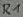
Text: R1